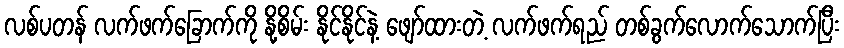
လစ်ပတန် လက်ဖက်ခြောက်ကို နို့စိမ်း နိုင်နိုင်နဲ့ ဖျော်ထားတဲ့ လက်ဖက်ရည် တစ်ခွက်လောက်သောက်ပြီး